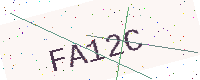
Text: FA12C